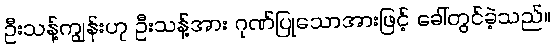
ဦးသန့်ကျွန်းဟု ဦးသန့်အား ဂုဏ်ပြုသောအားဖြင့် ခေါ်တွင်ခဲ့သည်။